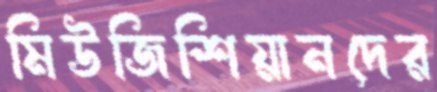
মিউজিশিয়ানদের